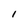
Character: 1